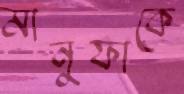
মানুফাকে